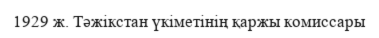
1929 ж. Тәжікстан үкіметінің қаржы комиссары